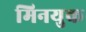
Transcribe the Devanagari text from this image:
मिनयुक